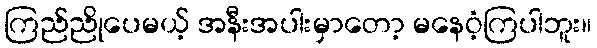
ကြည်ညိုပေမယ့် အနီးအပါးမှာတော့ မနေဝံ့ကြပါဘူး။